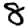
Digit: 8